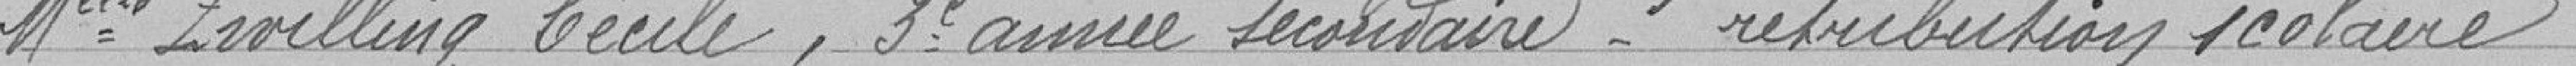
Melle IRVILLING Cécile, 3ème année secondaire - redistribution scolaire